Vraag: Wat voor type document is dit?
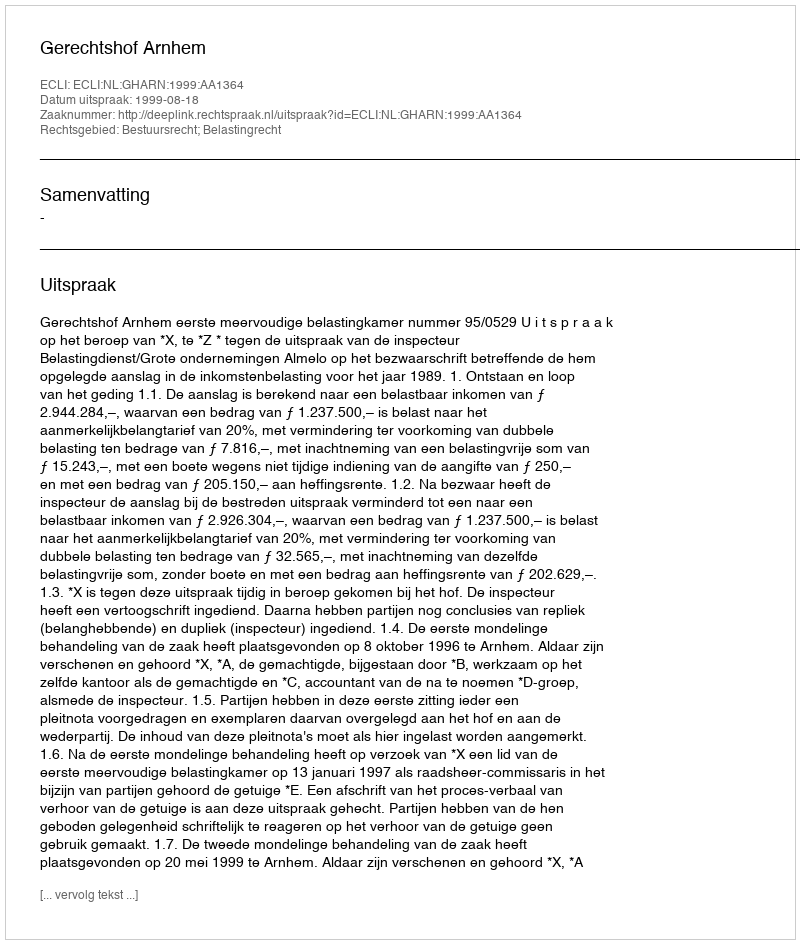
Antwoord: Uitspraak